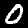
Digit: 0